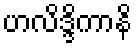
ဟလိဒ္ဒိကာနိ